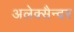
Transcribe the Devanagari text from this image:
अलेक्सैन्दर